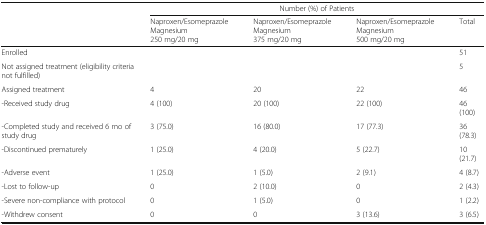
<table><thead><tr><td rowspan="2"></td><td colspan="4"><b>Number (%) of Patients</b></td></tr><tr><td><b>Naproxen/Esomeprazole Magnesium250 mg/20 mg</b></td><td><b>Naproxen/Esomeprazole Magnesium375 mg/20 mg</b></td><td><b>Naproxen/Esomeprazole Magnesium500 mg/20 mg</b></td><td><b>Total</b></td></tr></thead><tbody><tr><td>Enrolled</td><td></td><td></td><td></td><td>51</td></tr><tr><td>Not assigned treatment (eligibility criteria not fulfilled)</td><td></td><td></td><td></td><td>5</td></tr><tr><td>Assigned treatment</td><td>4</td><td>20</td><td>22</td><td>46</td></tr><tr><td>-Received study drug</td><td>4 (100)</td><td>20 (100)</td><td>22 (100)</td><td>46 (100)</td></tr><tr><td>-Completed study and received 6 mo of study drug</td><td>3 (75.0)</td><td>16 (80.0)</td><td>17 (77.3)</td><td>36 (78.3)</td></tr><tr><td>-Discontinued prematurely</td><td>1 (25.0)</td><td>4 (20.0)</td><td>5 (22.7)</td><td>10 (21.7)</td></tr><tr><td>-Adverse event</td><td>1 (25.0)</td><td>1 (5.0)</td><td>2 (9.1)</td><td>4 (8.7)</td></tr><tr><td>-Lost to follow-up</td><td>0</td><td>2 (10.0)</td><td>0</td><td>2 (4.3)</td></tr><tr><td>-Severe non-compliance with protocol</td><td>0</td><td>1 (5.0)</td><td>0</td><td>1 (2.2)</td></tr><tr><td>-Withdrew consent</td><td>0</td><td>0</td><td>3 (13.6)</td><td>3 (6.5)</td></tr></tbody></table>